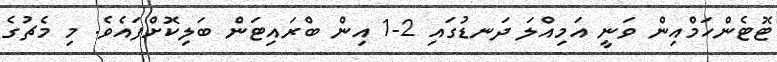
ޓޮޓެންހަމްއިން ވަނީ އަމިއްލަ ދަނޑުގައި 2-1 އިން ބްރައިޓަން ބަލިކޮށްފައެވެ. މި މެޗުގެ